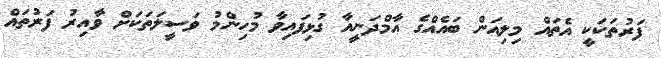
ފަރުތަކަކީ އެތައް މިލިއަން ބައެއްގެ އާމްދަނީއާ ގުޅިފައިވާ މުހިންމު ވަސީލަތަކަށް ވާއިރު ފަރުތައް